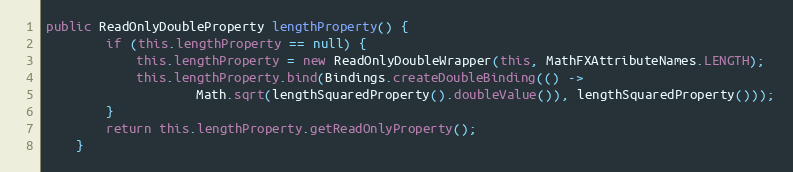
Language: Java
public ReadOnlyDoubleProperty lengthProperty() {
		if (this.lengthProperty == null) {
			this.lengthProperty = new ReadOnlyDoubleWrapper(this, MathFXAttributeNames.LENGTH);
			this.lengthProperty.bind(Bindings.createDoubleBinding(() ->
					Math.sqrt(lengthSquaredProperty().doubleValue()), lengthSquaredProperty()));
		}
		return this.lengthProperty.getReadOnlyProperty();
	}